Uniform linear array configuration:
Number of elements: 16
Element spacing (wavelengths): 0.75
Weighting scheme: blackman
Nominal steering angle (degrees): -15
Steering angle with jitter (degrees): -14.124
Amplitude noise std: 0.05
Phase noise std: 0.05

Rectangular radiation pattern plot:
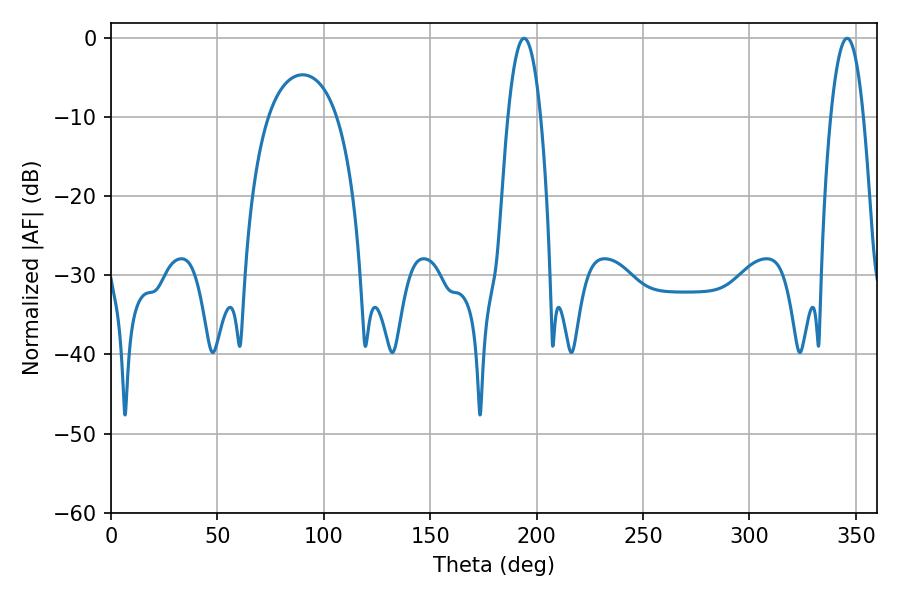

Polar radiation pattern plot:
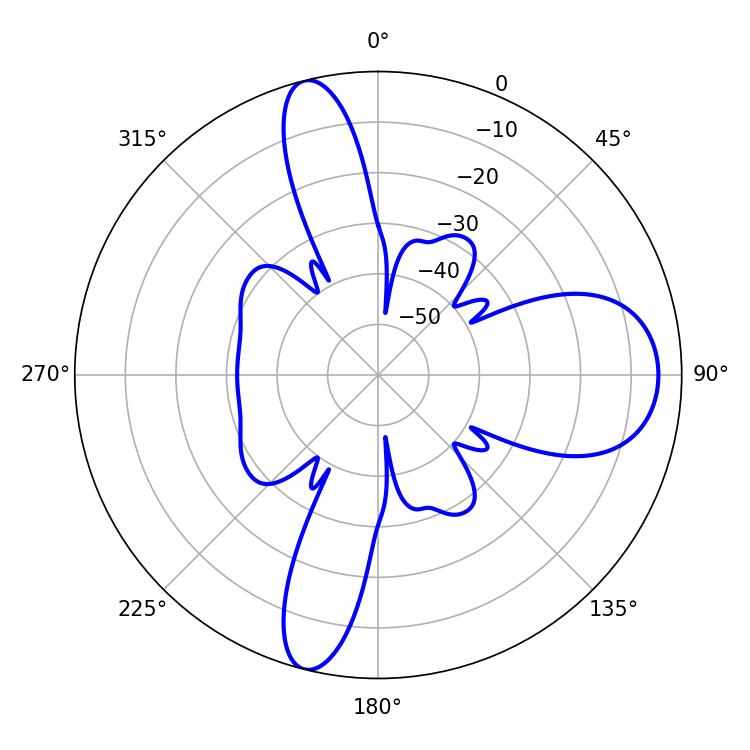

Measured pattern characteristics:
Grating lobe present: TRUE
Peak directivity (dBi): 14.378
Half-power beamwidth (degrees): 8.46
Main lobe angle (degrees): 194.04